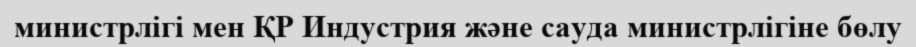
министрлігі мен ҚР Индустрия және сауда министрлігіне бөлу